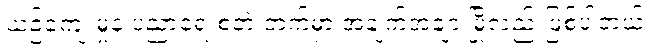
ယဉ်ကျေးမှုနဲ့ ပညာရေးစတဲ့ ဘက်မှာ အချက်အချာ မြို့လည်းဖြစ်ပါတယ်။